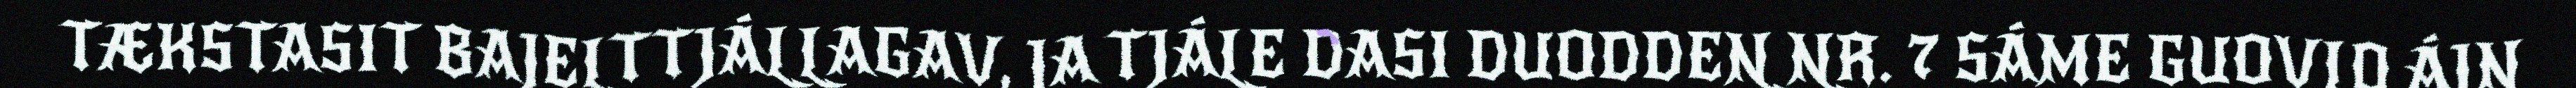
TÆKSTASIT BAJELTTJÁLLAGAV, JA TJÁLE DASI DUODDEN NR. 7 SÁME GUOVLO ÁJN